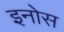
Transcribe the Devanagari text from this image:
इनोस